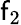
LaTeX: \mathsf{f}_{2}